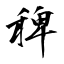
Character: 稗